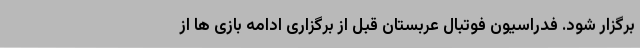
برگزار شود. فدراسیون فوتبال عربستان قبل از برگزاری ادامه بازی ها از